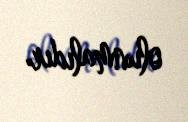
olunmalıdır.